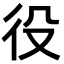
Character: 役